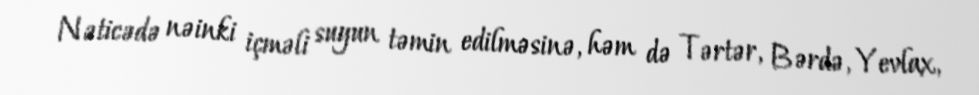
Nəticədə nəinki içməli suyun təmin edilməsinə, həm də Tərtər, Bərdə, Yevlax,